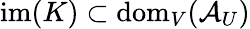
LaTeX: \mathrm{im}(K)\subset\mathrm{dom}_{V}(\mathcal{A}_{U})